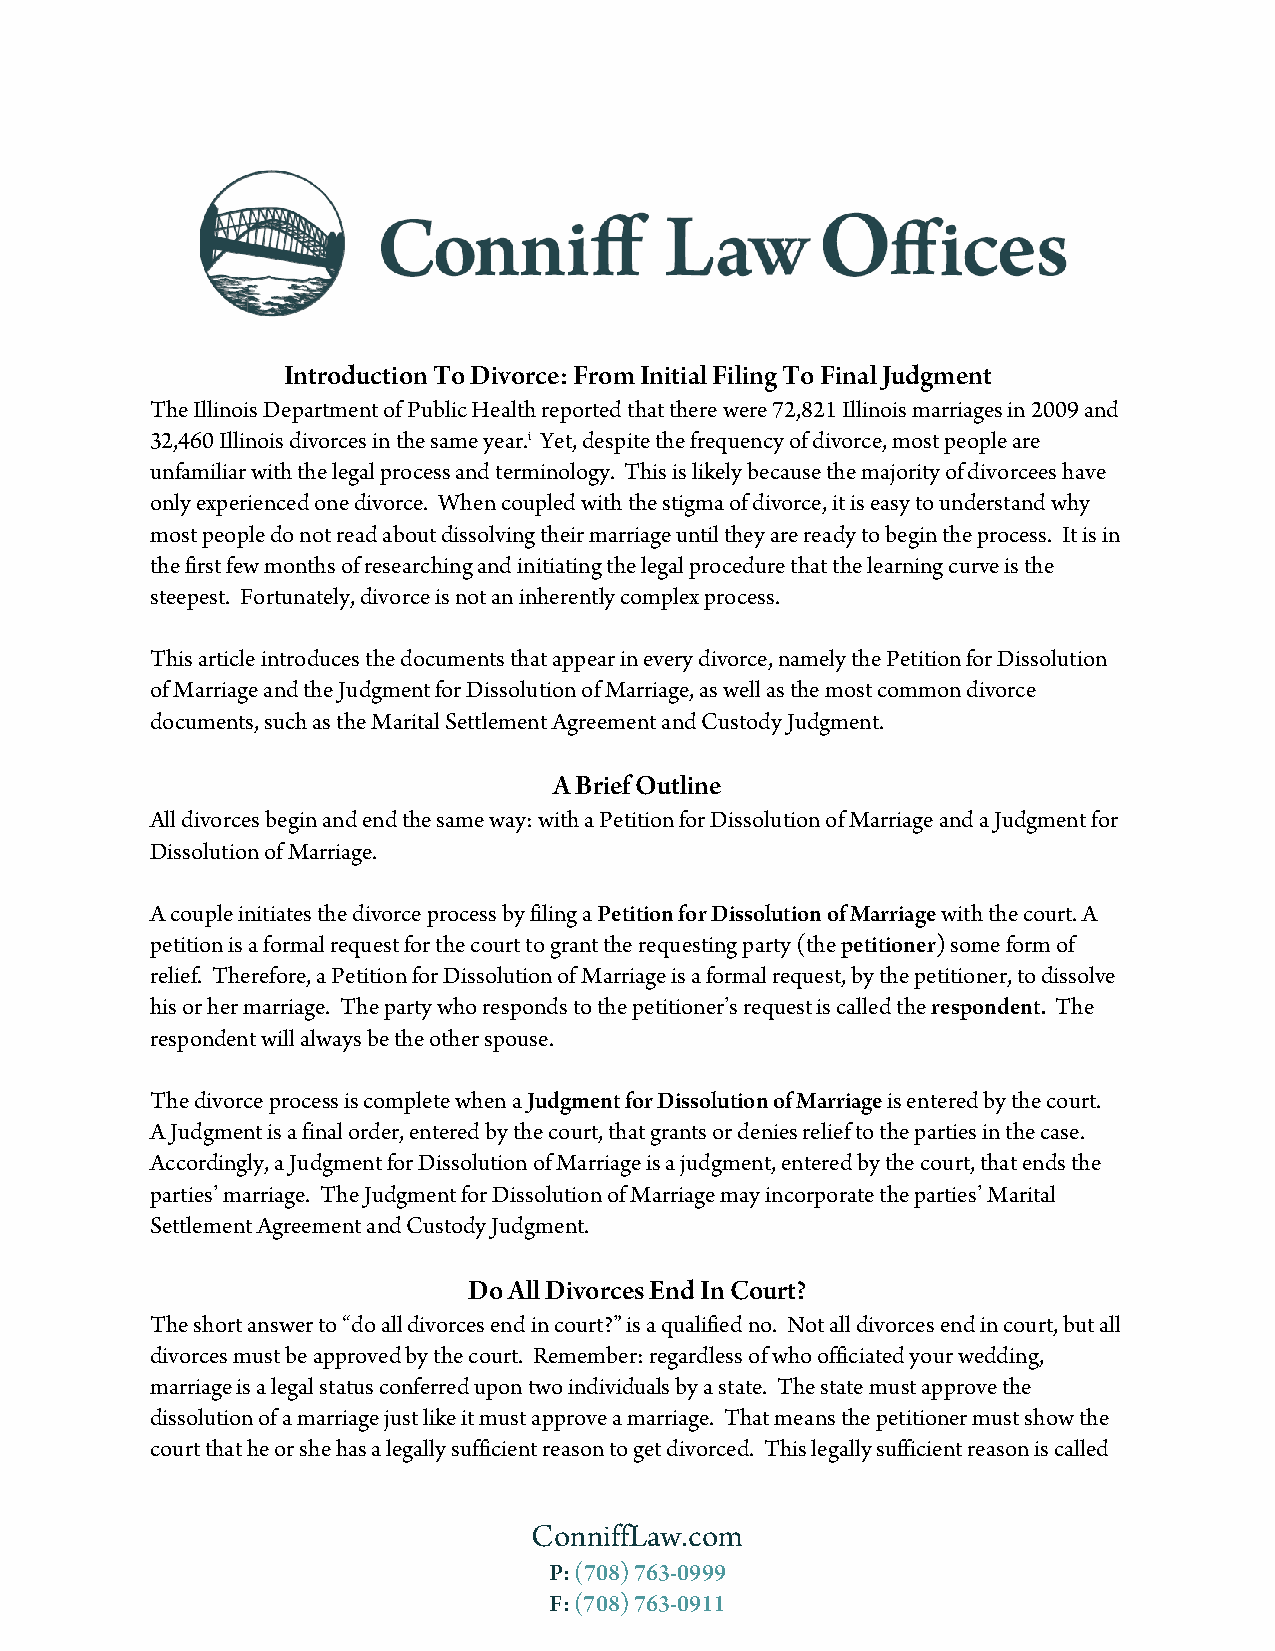
Introduction To Divorce: From Initial Filing To Final Judgment
 The Illinois Department of Public Health reported that there were 72,821 Illinois marriages in 2009 and
 32,460 Illinois divorces in the same year.i Yet, despite the frequency of divorce, most people are
 unfamiliar with the legal process and terminology. This is likely because the majority of divorcees have
 only experienced one divorce. When coupled with the stigma of divorce, it is easy to understand why
 most people do not read about dissolving their marriage until they are ready to begin the process. It is in
 the first few months of researching and initiating the legal procedure that the learning curve is the
 steepest. Fortunately, divorce is not an inherently complex process.
 This article introduces the documents that appear in every divorce, namely the Petition for Dissolution
 of Marriage and the Judgment for Dissolution of Marriage, as well as the most common divorce
 documents, such as the Marital Settlement Agreement and Custody Judgment.
 A Brief Outline
 All divorces begin and end the same way: with a Petition for Dissolution of Marriage and a Judgment for
 Dissolution of Marriage.
 A couple initiates the divorce process by filing a Petition for Dissolution of Marriage with the court. A
 petition is a formal request for the court to grant the requesting party (the petitioner) some form of
 relief. Therefore, a Petition for Dissolution of Marriage is a formal request, by the petitioner, to dissolve
 his or her marriage. The party who responds to the petitioner’s request is called the respondent. The
 respondent will always be the other spouse.
 The divorce process is complete when a Judgment for Dissolution of Marriage is entered by the court.
 A Judgment is a final order, entered by the court, that grants or denies relief to the parties in the case.
 Accordingly, a Judgment for Dissolution of Marriage is a judgment, entered by the court, that ends the
 parties’ marriage. The Judgment for Dissolution of Marriage may incorporate the parties’ Marital
 Settlement Agreement and Custody Judgment.
 Do All Divorces End In Court?
 The short answer to “do all divorces end in court?” is a qualified no. Not all divorces end in court, but all
 divorces must be approved by the court. Remember: regardless of who officiated your wedding,
 marriage is a legal status conferred upon two individuals by a state. The state must approve the
 dissolution of a marriage just like it must approve a marriage. That means the petitioner must show the
 court that he or she has a legally sufficient reason to get divorced. This legally sufficient reason is called
 ConniffLaw.com
 P: (708) 763-0999
 F: (708) 763-0911